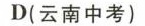
D(云南中考)